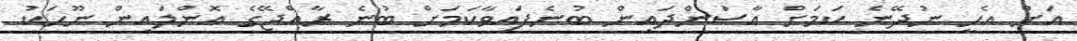
އަށް އެހީ ނުދޭނެ ކަމަށް އާސަންދައިން ބުނެފައިވާކަމަށް ބުނެ ރާއްޖޭގެ އޮންލައިން ނޫހަކު